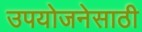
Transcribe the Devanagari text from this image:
उपयोजनेसाठी